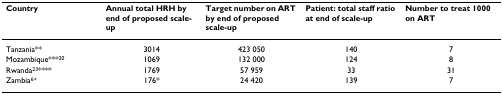
<table><thead><tr><td><b>Country</b></td><td><b>Annual total HRH by end of proposed scale-up</b></td><td><b>Target number on ART by end of proposed scale-up</b></td><td><b>Patient: total staff ratio at end of scale-up</b></td><td><b>Number to treat 1000 on ART</b></td></tr></thead><tbody><tr><td>Tanzania**</td><td>3014</td><td>423 050</td><td>140</td><td>7</td></tr><tr><td>Mozambique***<sup>20</sup></td><td>1069</td><td>132 000</td><td>124</td><td>8</td></tr><tr><td>Rwanda<sup>23</sup>****</td><td>1769</td><td>57 959</td><td>33</td><td>31</td></tr><tr><td>Zambia<sup>6+</sup></td><td>176*</td><td>24 420</td><td>139</td><td>7</td></tr></tbody></table>